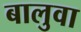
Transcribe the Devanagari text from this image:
बालुवा